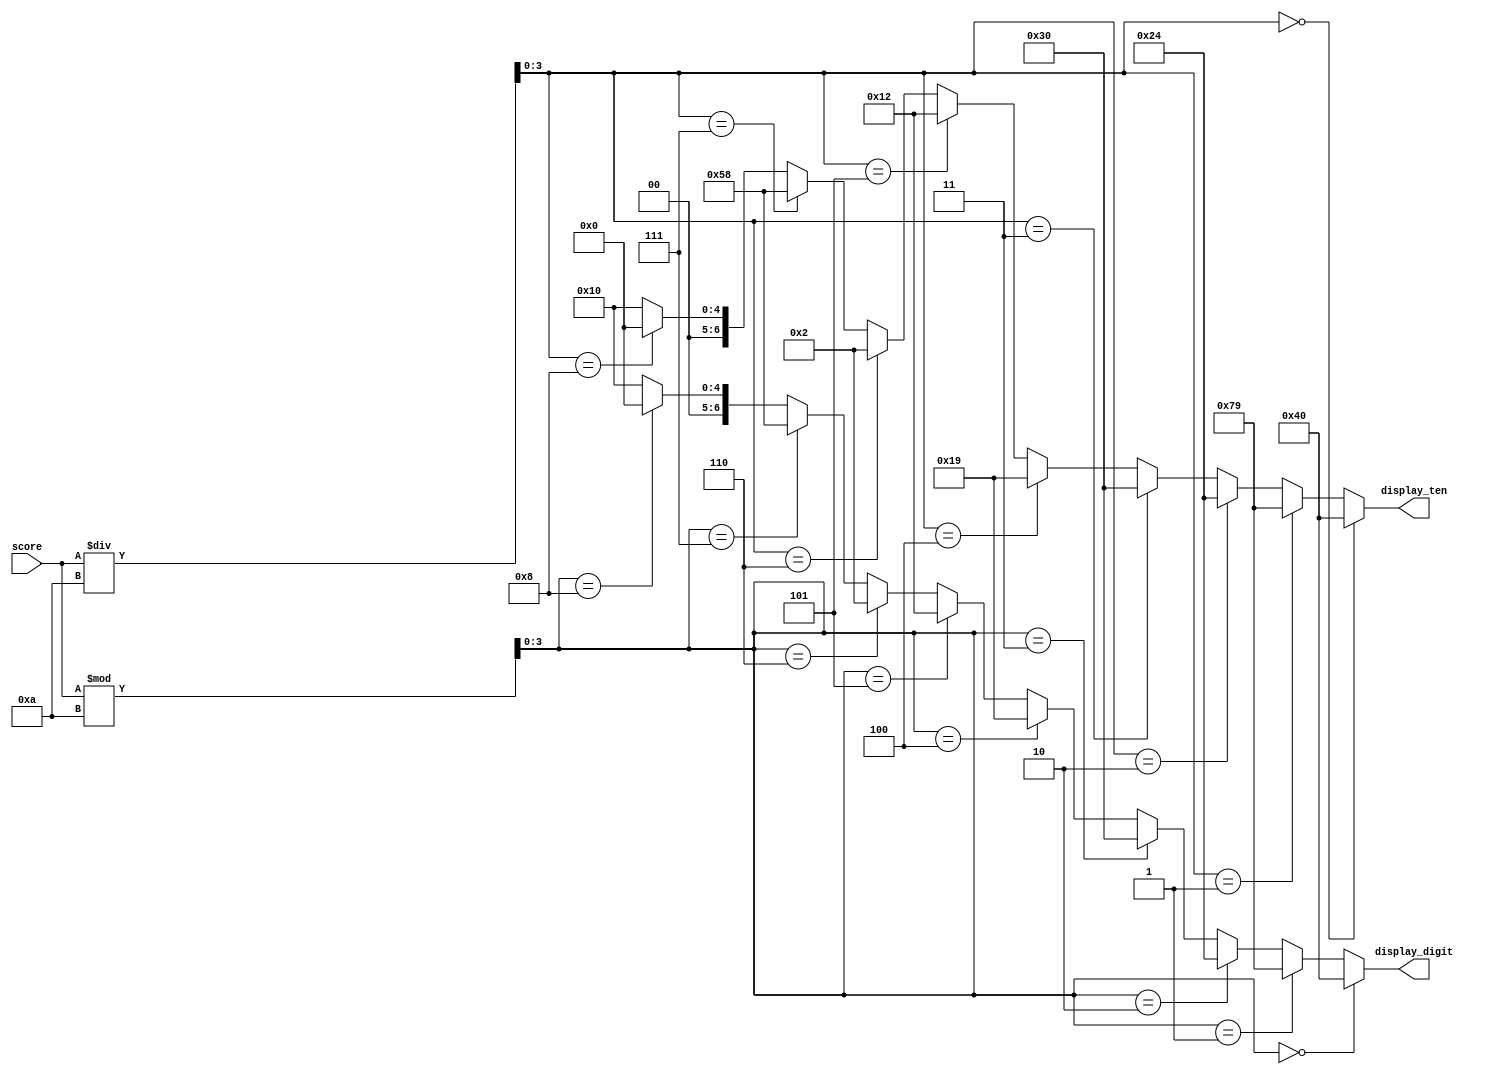
module Score_Display(score, display_ten, display_digit);

input[6:0] score;
output reg[6:0] display_ten, display_digit;

wire[3:0] ten, digit;

assign ten = score / 10,
	   digit = score % 10;

always@(ten) begin
	if(ten == 4'b0000) begin
		display_ten <= 7'b1000000;
	end
	
	else if(ten == 4'b0001) begin
		display_ten <= 7'b1111001;
	end
	
	else if(ten == 4'b0010) begin
		display_ten <= 7'b0100100;
	end
	
	else if(ten == 4'b0011) begin
		display_ten <= 7'b0110000;
	end
	
	else if(ten == 4'b0100) begin
		display_ten <= 7'b0011001;
	end
	
	else if(ten == 4'b0101) begin
		display_ten <= 7'b0010010;
	end
	
	else if(ten == 4'b0110) begin
		display_ten <= 7'b0000010;
	end
	
	else if(ten == 4'b0111) begin
		display_ten <= 7'b1011000;
	end
	
	else if(ten == 4'b1000) begin
		display_ten <= 7'b0000000;
	end
	
	else begin
		display_ten <= 7'b0010000;
	end
end

always@(digit) begin
	if(digit == 4'b0000) begin
		display_digit <= 7'b1000000;
	end
	
	else if(digit == 4'b0001) begin
		display_digit <= 7'b1111001;
	end
	
	else if(digit == 4'b0010) begin
		display_digit <= 7'b0100100;
	end
	
	else if(digit == 4'b0011) begin
		display_digit <= 7'b0110000;
	end
	
	else if(digit == 4'b0100) begin
		display_digit <= 7'b0011001;
	end
	
	else if(digit == 4'b0101) begin
		display_digit <= 7'b0010010;
	end
	
	else if(digit == 4'b0110) begin
		display_digit <= 7'b0000010;
	end
	
	else if(digit == 4'b0111) begin
		display_digit <= 7'b1011000;
	end
	
	else if(digit == 4'b1000) begin
		display_digit <= 7'b0000000;
	end
	
	else begin
		display_digit <= 7'b0010000;
	end
end

endmodule